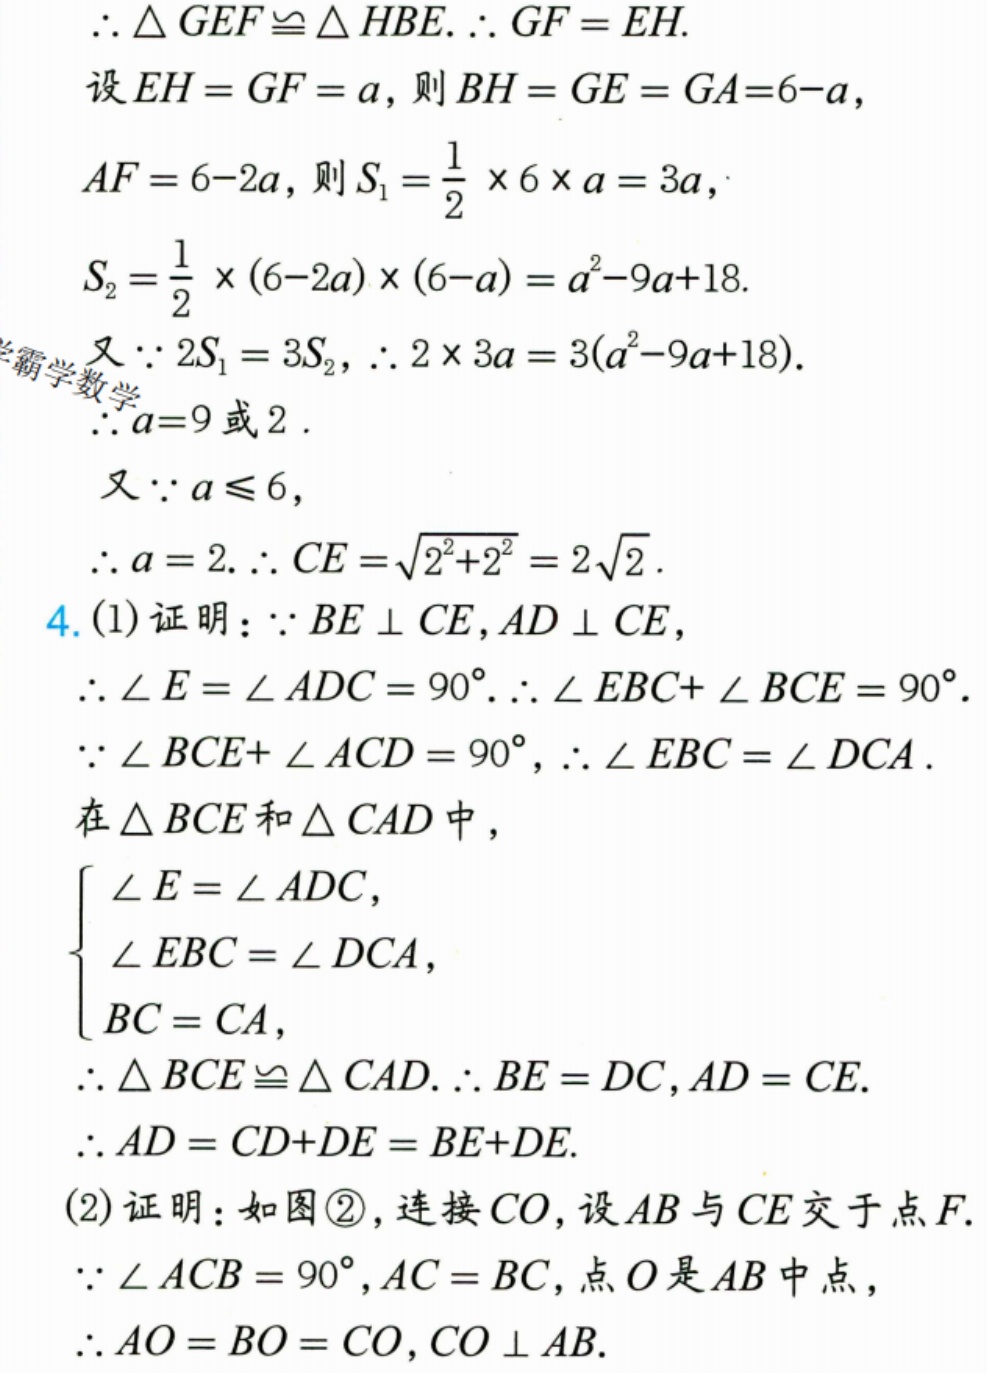
\(\therefore \triangle GEF\cong\triangle HBE.\ \therefore GF = EH.\)
设\(EH = GF = a\)，则\(BH = GE = GA = 6 - a\)，
\(AF = 6 - 2a\)，则\(S_{1}=\frac{1}{2}\times6\times a = 3a\)，
\(S_{2}=\frac{1}{2}\times(6 - 2a)\times(6 - a)=a^{2}-9a + 18\).
又\(\because 2S_{1}=3S_{2}\)，\(\therefore 2\times3a = 3(a^{2}-9a + 18)\).
\(\therefore a = 9\)或\(2\).
又\(\because a\leqslant6\)，
\(\therefore a = 2.\ \therefore CE=\sqrt{2^{2}+2^{2}} = 2\sqrt{2}\).
4. (1) 证明：\(\because BE\perp CE\)，\(AD\perp CE\)，
\(\therefore \angle E=\angle ADC = 90^{\circ}.\ \therefore \angle EBC+\angle BCE = 90^{\circ}\).
\(\because \angle BCE+\angle ACD = 90^{\circ}\)，\(\therefore \angle EBC=\angle DCA\).
在\(\triangle BCE\)和\(\triangle CAD\)中，
\(\begin{cases}
\angle E=\angle ADC,\\
\angle EBC=\angle DCA,\\
BC = CA,
\end{cases}\)
\(\therefore \triangle BCE\cong\triangle CAD.\ \therefore BE = DC\)，\(AD = CE\).
\(\therefore AD = CD + DE = BE+DE\).
(2) 证明：如图\textcircled{2}，连接\(CO\)，设\(AB\)与\(CE\)交于点\(F\).
\(\because \angle ACB = 90^{\circ}\)，\(AC = BC\)，点\(O\)是\(AB\)中点，
\(\therefore AO = BO = CO\)，\(CO\perp AB\).